Medical and sanitary report of the native army of Madras for the year
Year: 1878
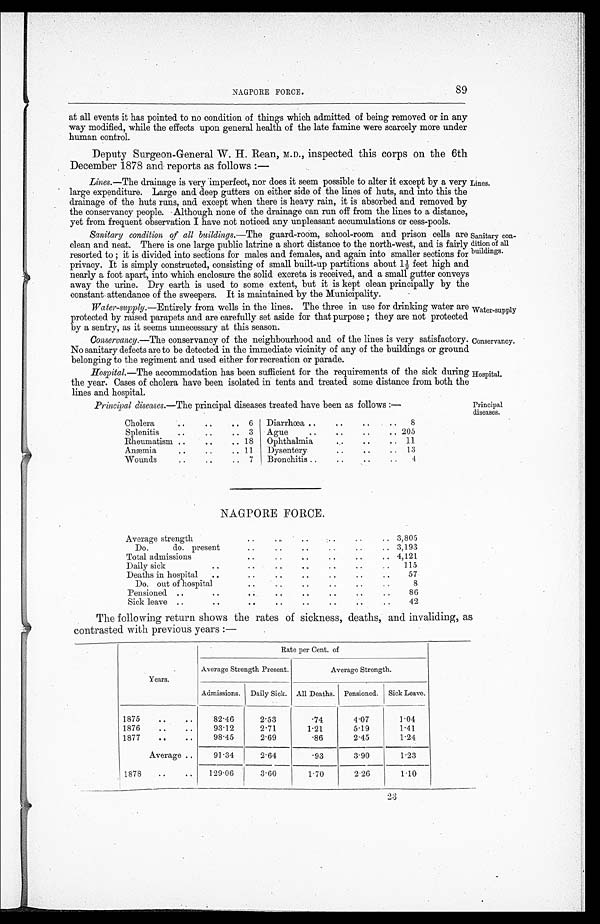
Water-supply
Conservancy.
NAGPORE FORCE.
89
at all events it has pointed to no condition of things which admitted of being removed or in any
way modified, while the effects upon general health of the late famine were scarcely more under
human control.
Deputy Surgeon-General W. H. Rean, M.D., inspected this corps on the 6th
December 1878 and reports as follows :—
Lines. —The drainage is very imperfect, nor does it seem possible to alter it except by a very
large expenditure. Large and deep gutters on either side of the lines of huts, and into this the
drainage of the huts runs, and except when there is heavy rain, it is absorbed and removed by
the conservancy people. Although none of the drainage can run off from the lines to a distance
yet from frequent observation I have not noticed any unpleasant accumulations or cess-pools.
Sanitary condition of all buildings. —The guard-room, school-room and prison cells are
clean and neat. There is one large public latrine a short distance to the north-west, and is fairly
resorted to ; it is divided into sections for males and females, and again into smaller sections for
privacy. It is simply constructed, consisting of small built-up partitions about 1½ feet high and
nearly a foot apart, into which enclosure the solid excreta is received, and a small gutter conveys
away the urine. Dry earth is used to some extent, but it is kept clean principally by the
constant attendance of the sweepers. It is maintained by the Municipality.
Lines.
Sanitary con-
-dition of all
buildings.
Water-supply. —Entirely from wells in the lines. The three in use for drinking water are
protected by raised parapets and are carefully set aside for that purpose ; they are not protected
by a sentry, as it seems unnecessary at this season.
Conservancy.—The conservancy of the neighbourhood and of the lines is very satisfactory.
No sanitary defects are to be detected in the immediate vicinity of any of the buildings or ground
belonging to the regiment and used either for recreation or parade.
Hospital. —The accommodation has been sufficient for the requirements of the sick during
the year. Cases of cholera have been isolated in tents and treated some distance from both the
lines and hospital.
Hospital.
Principal diseases. —The principal diseases treated have been as follows :—
Cholera
..
..
.. 6 Diarrhœa ..
..
..
.. 8
Splenitis
..
..
.. 3 Ague
..
..
. . .. 205
Rheumatism..
. .
.. 18 Ophthalmia
. .
. .
. . 11
Anæmia
..
..
. . 11 Dysentery
.. ..
.. 13
Wounds
..
. .
. . 7 Bronchitis ..
. .
. . .. 4
Principal
diseases.
NAGPORE FORCE.
Average strength
. . . . ..
. . ..
.. 3,805
Do.
do. present
..
..
. .
. .
..
.. 3,193
Total admissions
..
. .
..
. .
..
. . 4,121
Daily sick
..
.. ..
..
. .
. .
. . 115
Deaths in hospital ..
. . ..
..
..
..
..
57
Do. out of hospital
. . ..
..
..
..
..
8
Pensioned ..
..
..
..
..
..
..
..
86
Sick leave ..
..
. . ..
. .
. .
. .
..
42
The following return shows the rates of sickness, deaths, and invaliding, as
contrasted with previous years :—
Years.
Rate per Cent. of
Average Strength Present.
Average Strength.
Admissions. Daily Sick. All Deaths. Pensioned. Sick Leave.
1875
. . . .
82.46
2.53
.74
4.07
1.04
1876
..
..
93.12
2.71
1.21
5.19
1.41
1877
. .
..
98.45
2.69
.86
2.45
1.24
Average ..
91.34
2.64
.93
3.90
1.23
1878
..
..
129.06
3.60
1 . 7 0
2.26
1.10
2 3